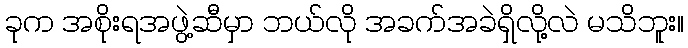
ခုက အစိုးရအဖွဲ့ဆီမှာ ဘယ်လို အခက်အခဲရှိလို့လဲ မသိဘူး။